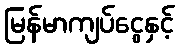
မြန်မာကျပ်ငွေနှင့်